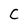
Character: C